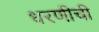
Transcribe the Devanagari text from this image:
धरणीची